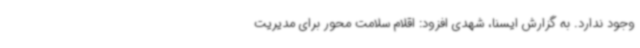
وجود ندارد. به گزارش ایسنا، شهدی افزود: اقلام سلامت محور برای مدیریت